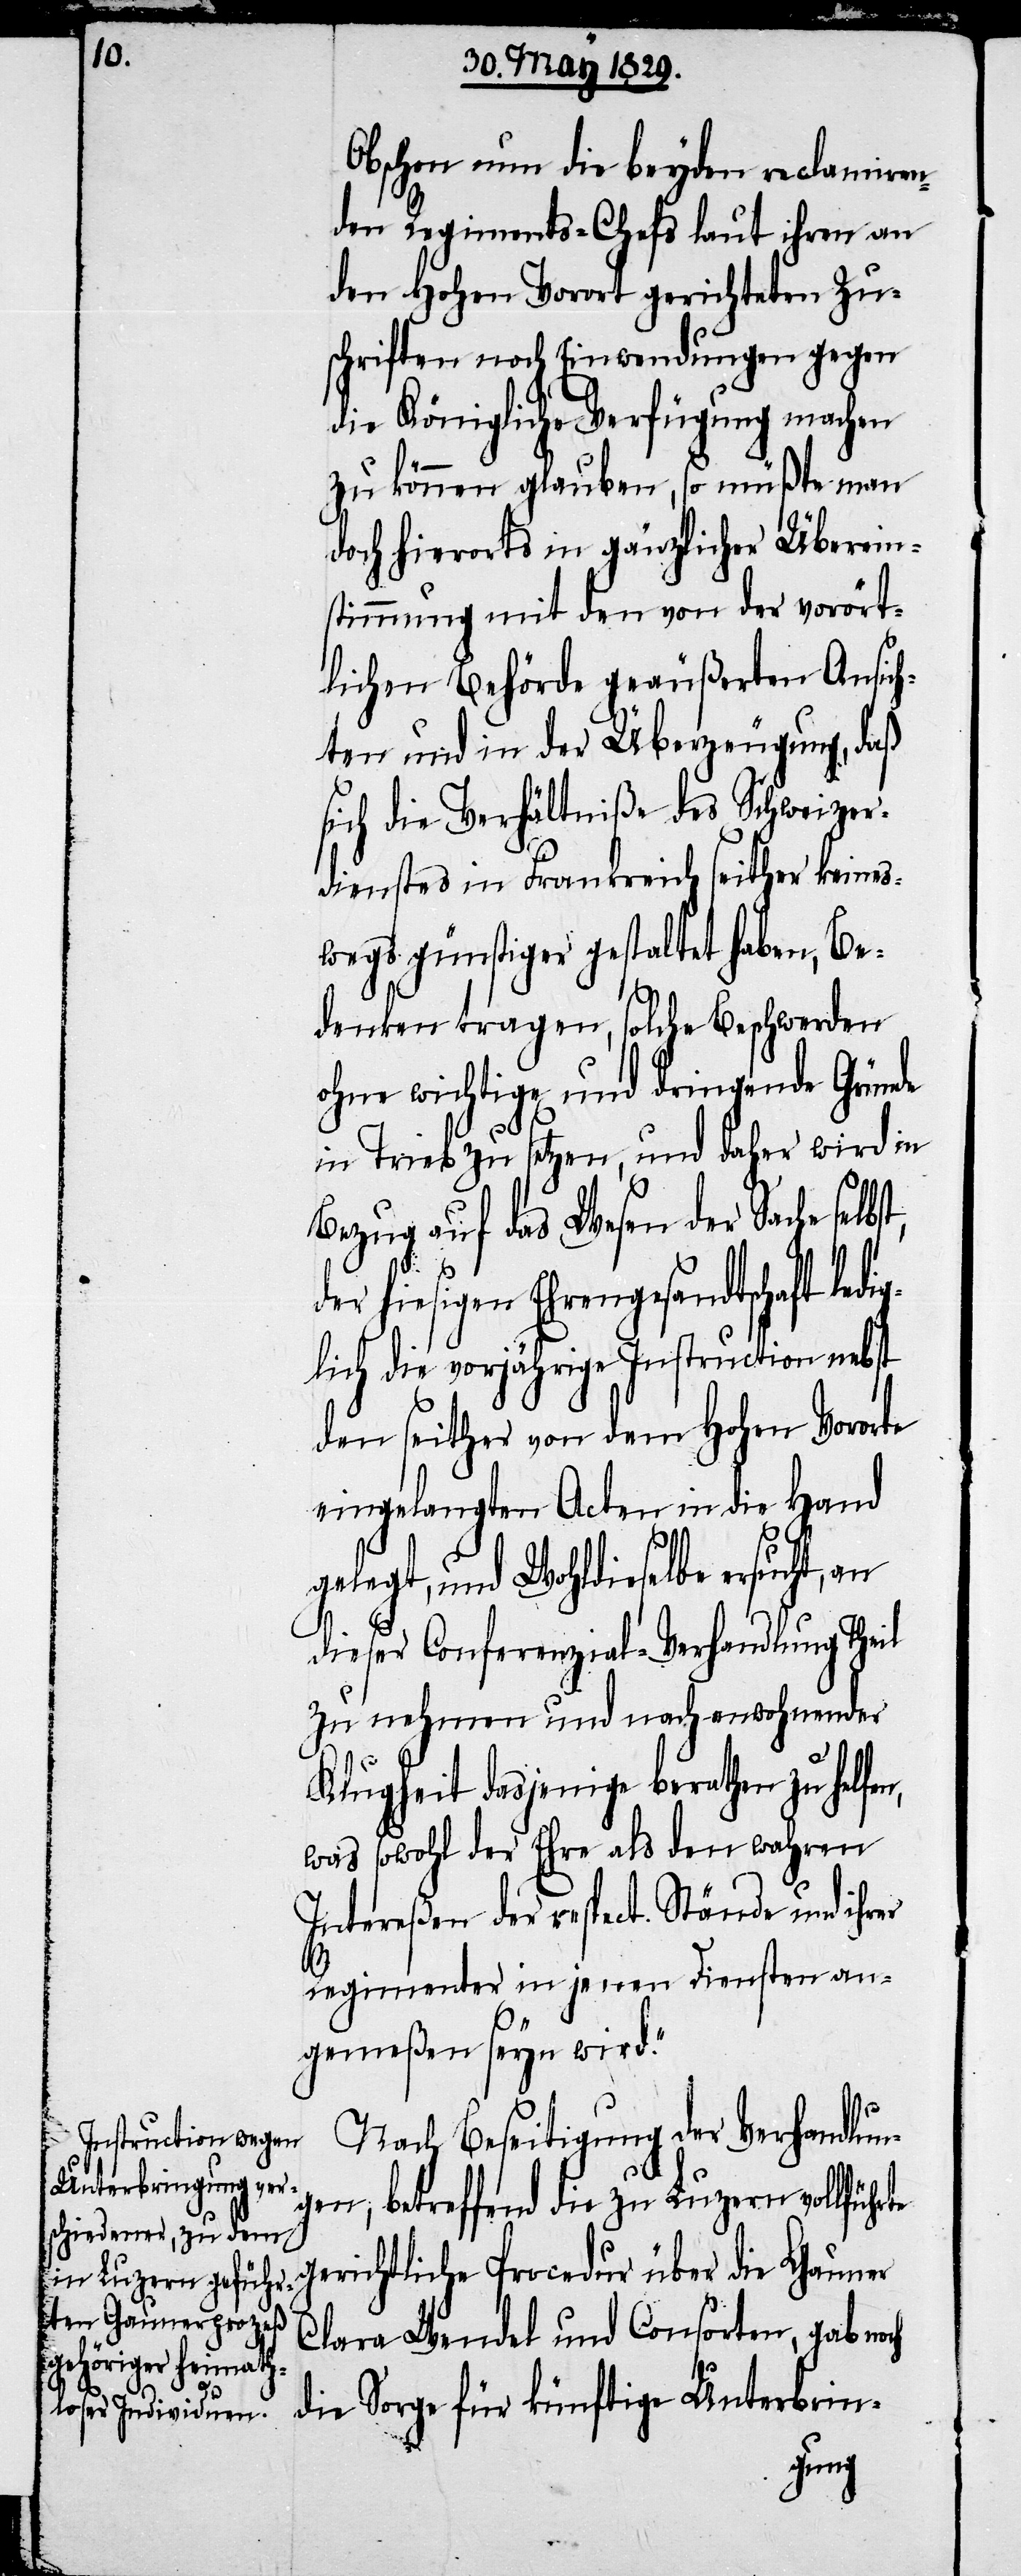
Obschon nun die beyden reclamiren¬
den Regiments-Chefs laut ihren an
den Hohen Vorort gerichteten Zu¬
schriften noch Einwendungen gegen
die Königliche Verfügung machen
zu können glauben, so müßte man
doch hierorts in gänzlicher Überein¬
stimmung mit den von der vorört¬
lichen Behörde geäußerten Ansich¬
ten und in der Überzeugung, daß
sich die Verhältniße des Schweizer¬
dienstes in Frankreich seither keines¬
wegs günstiger gestaltet haben, Be¬
denken tragen, solche Beschwerden
ohne wichtige und dringende Gründe
in Trieb zu setzen, und daher wird in
Bezug auf das Wesen der Sache selb¬
er hiesigen Ehrengesandtschaft led¬
lich die vorjährige Instruction nebst
den seither von dem Hohen Vororte
eingelangten Acten in die Hand
gelegt, und Wohldieselbe ersucht, an
dieser Conferenzial-Verhandlung Theil
zu nehmen und nach anwohnender
st,
Klugheit dasjenige berathen zu helfen,
was sowohl der Ehre als den wahren
Intereßen der respect. Stände und ihrer
Regimenter in jenen Diensten an¬
ig¬
gemeßen seyn wird.“
Nach Beseitigung der Verhandlun¬
gen, betreffend die zu Luzern vollführte
gerichtliche Procedur über die Gauner
Clara Wendel und Consorten, gab noch
die Sorge für künftige Unterbrin-